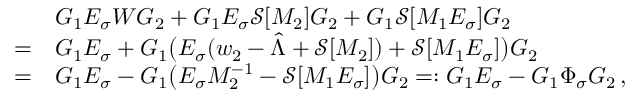
\begin{array} { r l } & { G _ { 1 } E _ { \sigma } W G _ { 2 } + G _ { 1 } E _ { \sigma } \mathcal { S } [ M _ { 2 } ] G _ { 2 } + G _ { 1 } \mathcal { S } [ M _ { 1 } E _ { \sigma } ] G _ { 2 } } \\ { = } & { G _ { 1 } E _ { \sigma } + G _ { 1 } \big ( E _ { \sigma } ( w _ { 2 } - \hat { { \Lambda } } + \mathcal { S } [ M _ { 2 } ] ) + \mathcal { S } [ M _ { 1 } E _ { \sigma } ] \big ) G _ { 2 } } \\ { = } & { G _ { 1 } E _ { \sigma } - G _ { 1 } \big ( E _ { \sigma } M _ { 2 } ^ { - 1 } - \mathcal { S } [ M _ { 1 } E _ { \sigma } ] \big ) G _ { 2 } = : G _ { 1 } E _ { \sigma } - G _ { 1 } \Phi _ { \sigma } G _ { 2 } \, , } \end{array}